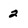
Character: 2